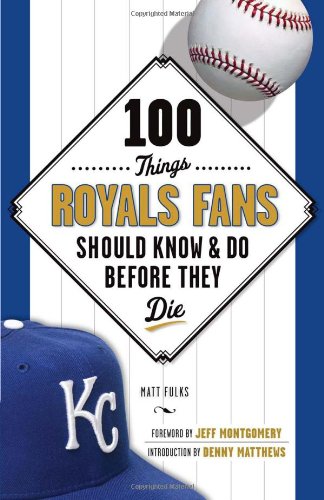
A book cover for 100 Things Royals Fans Should Know & Do Before They Die (100 Things...Fans Should Know); Matt Fulks; Travel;